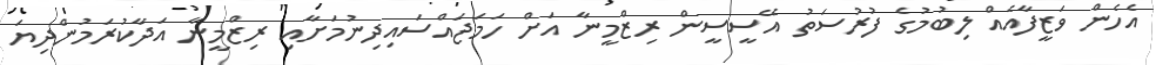
އެހެން ވަޒީފާއެއް ލިބުމުގެ ފުރުސަތު އޭސީސީން ރިޒްމީނާ އަށް ހަމަޖައްސައިދިނުމަށާއި ރިޒްމީނާ އަދާކުރަމުންދިޔަ